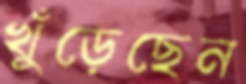
খুঁড়েছেন